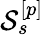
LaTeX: \mathcal{S}_{s}^{[p]}